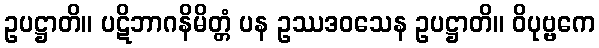
ဥပဋ္ဌာတိ။ ပဋိဘာဂနိမိတ္တံ ပန ဥဿဒဝသေန ဥပဋ္ဌာတိ။ ဝိပုဗ္ဗကေ